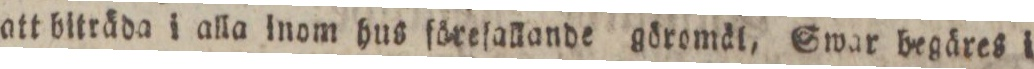
att biträda i alla inom hus föreſallande göromäl, Swar begäres i